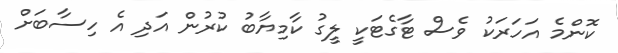
ކޮންމެ އަހަރަކު ވެސް ޓާގެޓަކީ ލީގު ކާމިޔާބު ކުރުން އަދި އެ ހިސާބަށް